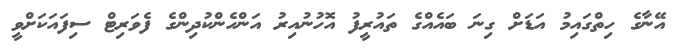
އޭނާގެ ހިތްގައިމު އަޑަށް ގިނަ ބައެއްގެ ތައުރީފު އޮހުނުއިރު އަންހެންކުދިންގެ ފެވަރިޓް ސިފައަކަށްވީ